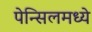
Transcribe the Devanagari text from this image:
पेन्सिलमध्ये